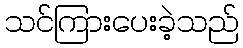
သင်ကြားပေးခဲ့သည်